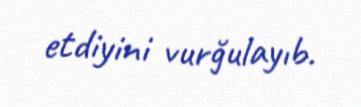
etdiyini vurğulayıb.